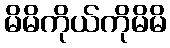
မိမိကိုယ်ကိုမိမိ